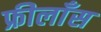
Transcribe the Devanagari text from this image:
फ्रीलाँस